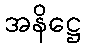
အနိဋ္ဌေ